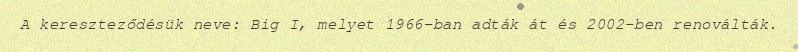
A kereszteződésük neve: Big I, melyet 1966-ban adták át és 2002-ben renoválták.